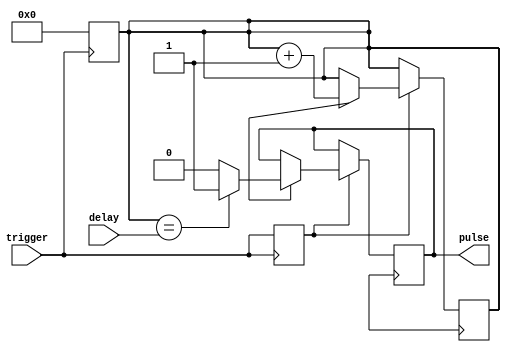
module one_shot_timer (
    input trigger,
    input delay,
    output reg pulse
);

reg trigger_sync;
reg delay_sync;
reg [7:0] counter;

always @(posedge trigger) begin
    trigger_sync <= trigger;
    counter <= 0;
end

always @ (posedge clk) begin
    if (trigger_sync) begin
        if (delay_sync) begin
            counter <= counter + 1;
            if (counter == delay) begin
                pulse <= 1;
            end else begin
                pulse <= 0;
            end
        end
    end
end

endmodule